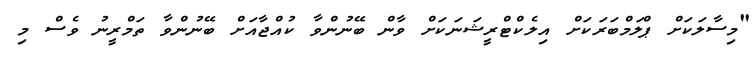
"މިސާލަކަށް ޕްލަމްބަރަކަށް އިލެކްޓްރީޝަނަކަށް ވާން ބޭނުންވާ ކުއްޖާއަށް ބޭނުންވާ ތަމްރީނު ވެސް މި